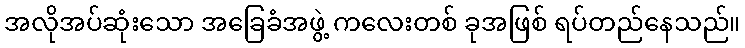
အလိုအပ်ဆုံးသော အခြေခံအဖွဲ့ ကလေးတစ် ခုအဖြစ် ရပ်တည်နေသည်။